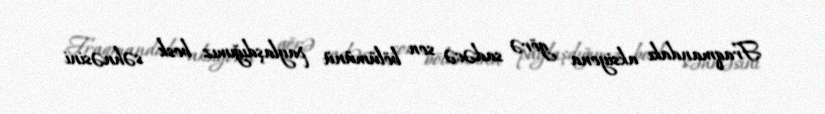
Fraqmandakı aksiyona görə sadəcə son bölümünü paylaşdığımız bosk səhnəsini